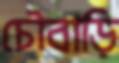
চৌবাড়ি